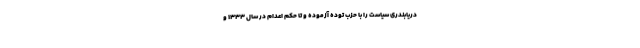
دریابندری سیاست را با حزب توده آزموده و تا حکم اعدام در سال 1333 و